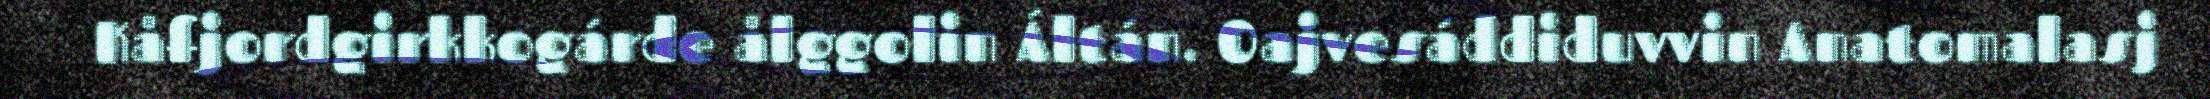
Kåfjordgirkkogárde ålggolin Áltán. Oajvesáddiduvvin Anatomalasj